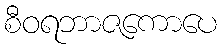
စီဝရဘာဇကောပေ